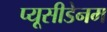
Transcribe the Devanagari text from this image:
प्यूसीडेनम